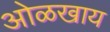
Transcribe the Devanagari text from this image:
ओळखाय